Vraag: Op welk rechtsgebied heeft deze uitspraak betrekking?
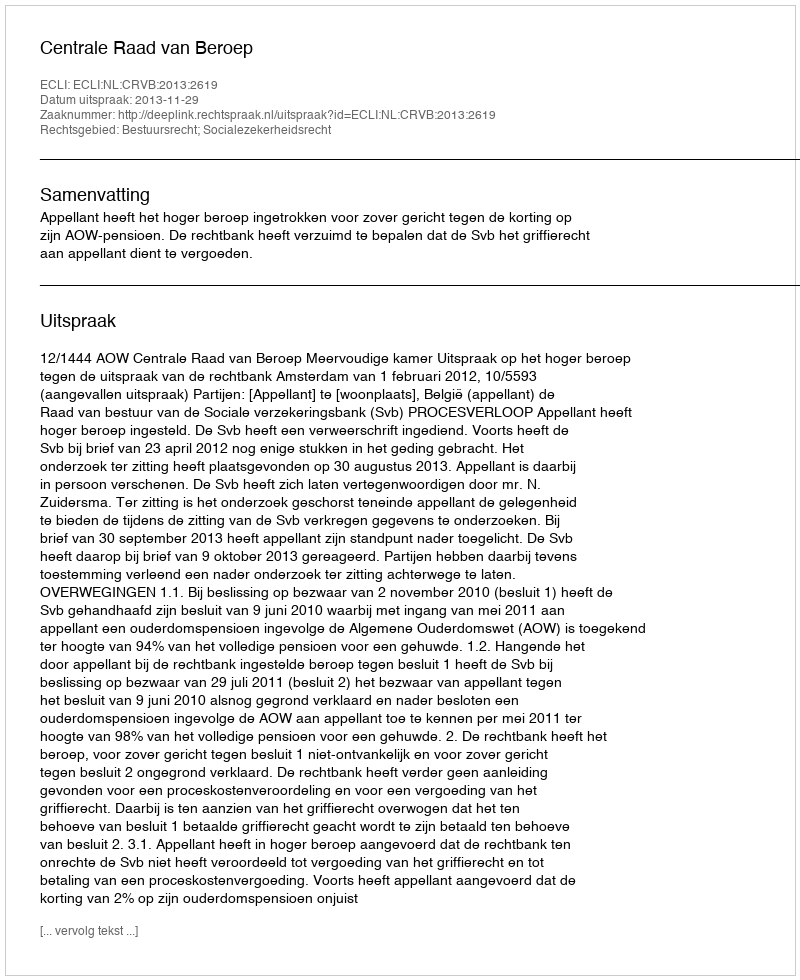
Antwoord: Bestuursrecht; Socialezekerheidsrecht